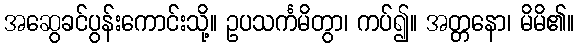
အဆွေခင်ပွန်းကောင်းသို့။ ဥပသင်္ကမိတွာ၊ ကပ်၍။ အတ္တနော၊ မိမိ၏။